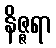
နိဇ္ဇရာ